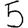
Digit: 5